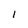
Character: l